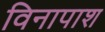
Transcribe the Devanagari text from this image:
विनापाश